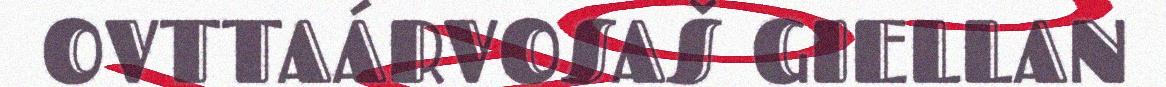
OVTTAÁRVOSAŠ GIELLAN